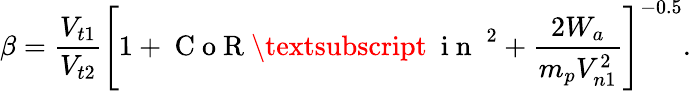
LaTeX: \beta=\frac{V_{t1}}{V_{t2}}\left[1+\mathrm{~C~o~R~\textsubscript~{~i~n~}~}^{2}+\frac{2W_{a}}{m_{p}V_{n1}^{2}}\right]^{-0.5}.